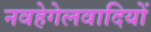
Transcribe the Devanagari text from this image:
नवहेगेलवादियों